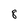
Character: 8